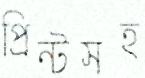
প্রিন্টসহ